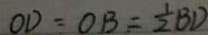
O D = O B = \frac { 1 } { 2 } B D